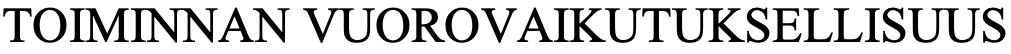
TOIMINNAN VUOROVAIKUTUKSELLISUUS